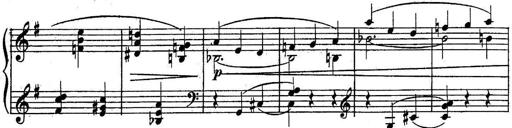
Title: Sonatine
Composer: Adrian Shaposhnikov
Key: E minor